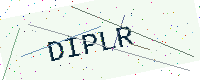
Text: DIPLR